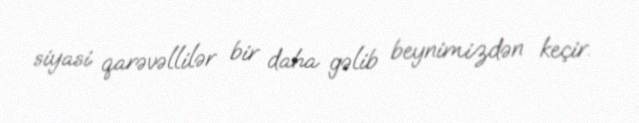
siyasi qarəvəllilər bir daha gəlib beynimizdən keçir.